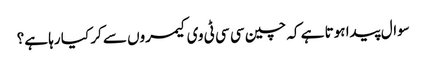
سوال پیدا ہوتا ہے کہ چین سی سی ٹی وی کیمروں سے کر کیا رہا ہے؟